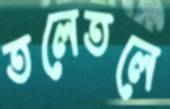
তলেতলে